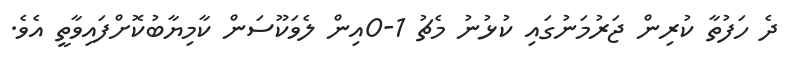
ދެ ހަފުތާ ކުރިން ޖަރުމަނުގައި ކުޅުނު މެޗު 1-0އިން ލެވަކޫސަން ކާމިޔާބުކޮށްފައިވާތީ އެވެ.